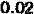
0.02